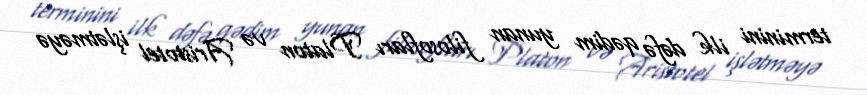
terminini ilk dəfə qədim yunan filosofları Platon və Aristotel işlətməyə